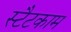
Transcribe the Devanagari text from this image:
स्टैटकाम